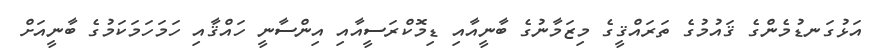
އަޅުގަނޑުމެންގެ ޤައުމުގެ ތަރައްޤީގެ މިޒަމާނުގެ ބާނީއާއި ޑިމޮކްރަސީއާއި އިންސާނީ ހައްޤާއި ހަމަހަމަކަމުގެ ބާނީއަށް